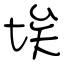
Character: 埃